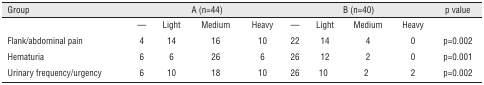
<table><thead><tr><td><b>Group</b></td><td colspan="4"><b>A (n=44)</b></td><td colspan="5"><b>B (n=40)</b></td><td><b>p value</b></td></tr></thead><tbody><tr><td></td><td>—</td><td>Light</td><td>Medium</td><td>Heavy</td><td>—</td><td colspan="2">Light</td><td>Medium</td><td>Heavy</td><td></td></tr><tr><td>Flank/abdominal pain</td><td>4</td><td>14</td><td>16</td><td>10</td><td>22</td><td colspan="2">14</td><td>4</td><td>0</td><td>p=0.002</td></tr><tr><td>Hematuria</td><td>6</td><td>6</td><td>26</td><td>6</td><td>26</td><td colspan="2">12</td><td>2</td><td>0</td><td>p=0.001</td></tr><tr><td>Urinary frequency/urgency</td><td>6</td><td>10</td><td>18</td><td>10</td><td>26</td><td>10</td><td colspan="2">2</td><td>2</td><td>p=0.002</td></tr></tbody></table>